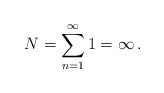
\begin{align*}N=\sum_{n=1}^{\infty}1=\infty \,{.}\end{align*}